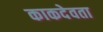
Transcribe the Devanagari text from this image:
काकदेवता